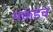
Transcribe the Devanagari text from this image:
पकडच